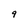
Character: 9